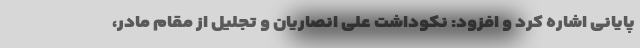
پایانی اشاره کرد و افزود: نکوداشت علی انصاریان و تجلیل از مقام مادر،